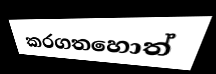
කරගතහොත්